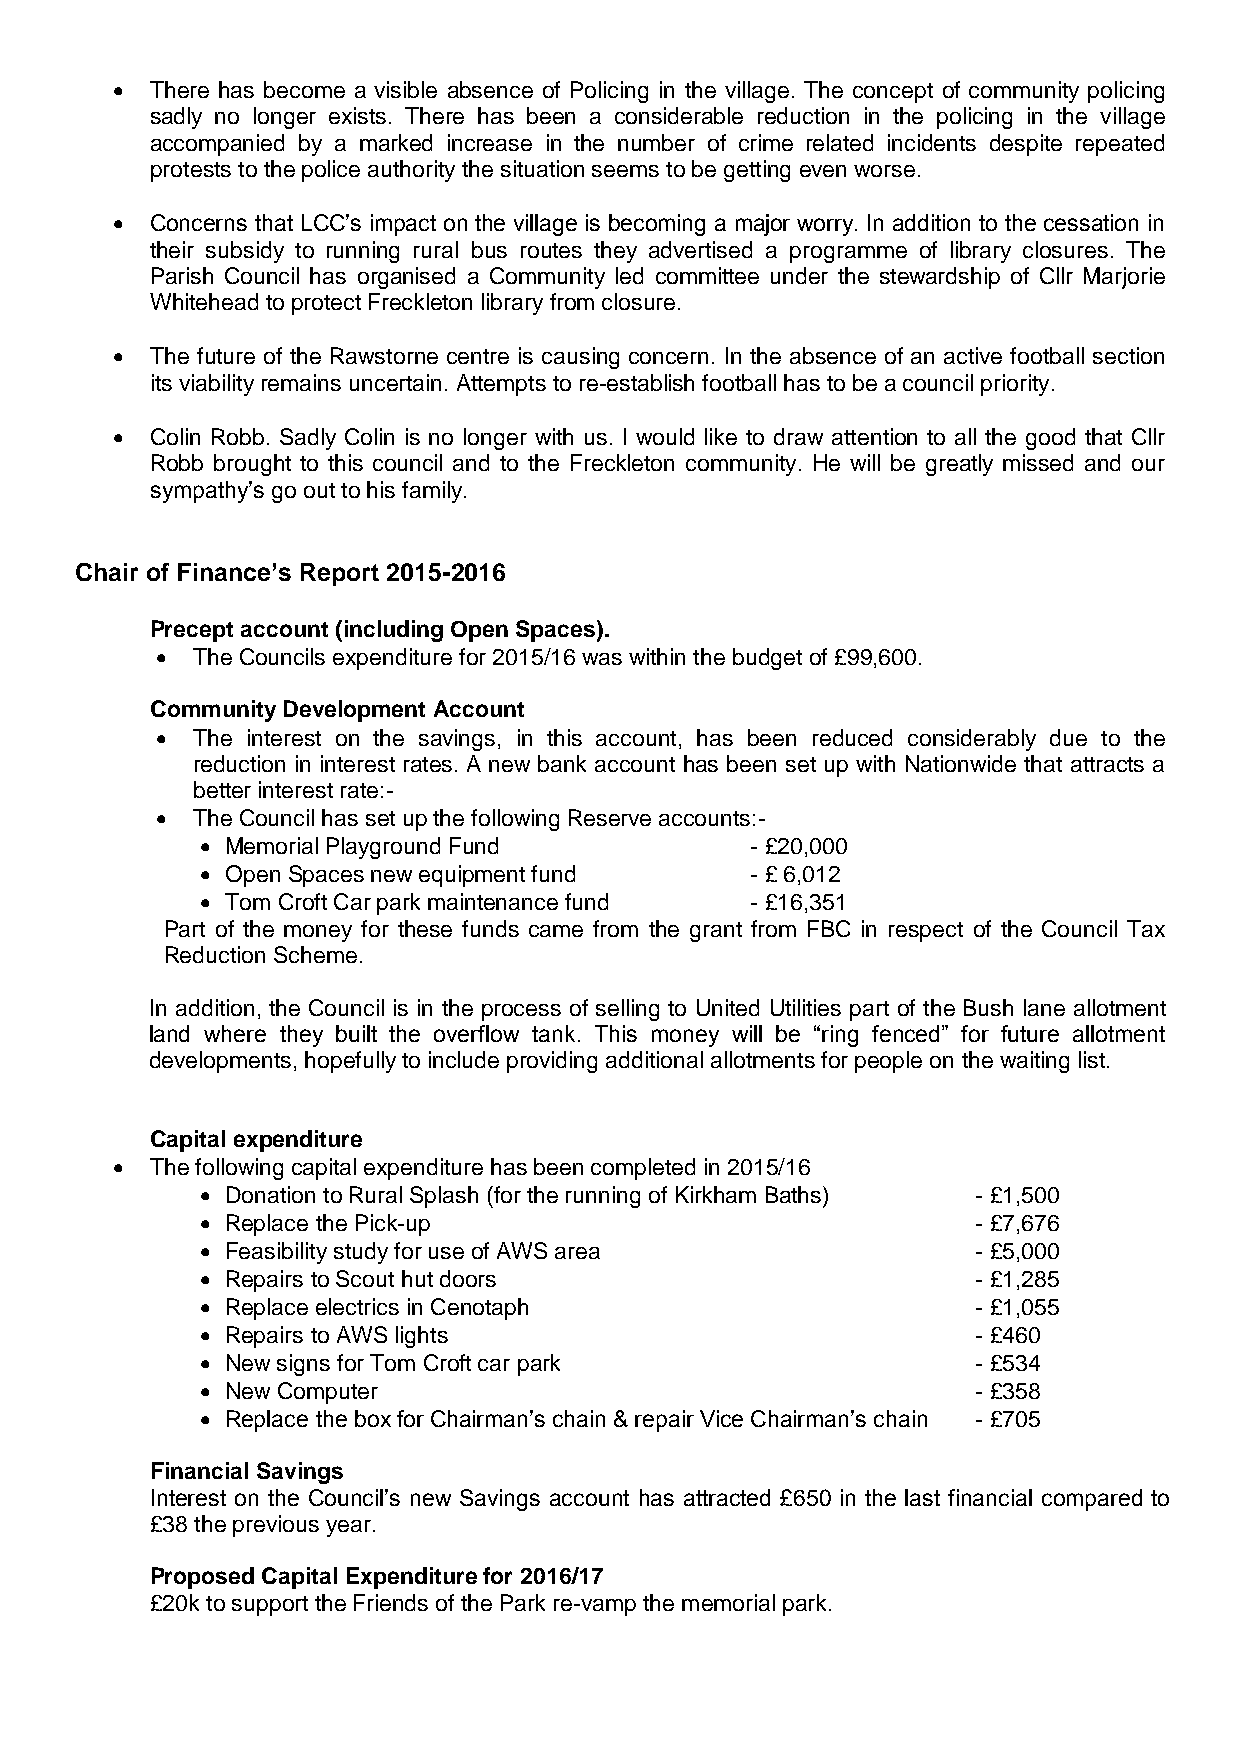
  There has become a visible absence of Policing in the village. The concept of community policing
 sadly no longer exists. There has been a considerable reduction in the policing in the village
 accompanied by a marked increase in the number of crime related incidents despite repeated
 protests to the police authority the situation seems to be getting even worse.
   Concerns that LCC’s impact on the village is becoming a major worry. In addition to the cessation in
 their subsidy to running rural bus routes they advertised a programme of library closures. The
 Parish Council has organised a Community led committee under the stewardship of Cllr Marjorie
 Whitehead to protect Freckleton library from closure.
   The future of the Rawstorne centre is causing concern. In the absence of an active football section
 its viability remains uncertain. Attempts to re-establish football has to be a council priority.
   Colin Robb. Sadly Colin is no longer with us. I would like to draw attention to all the good that Cllr
 Robb brought to this council and to the Freckleton community. He will be greatly missed and our
 sympathy’s go out to his family.
 Chair of Finance’s Report 2015-2016
 Precept account (including Open Spaces).
   The Councils expenditure for 2015/16 was within the budget of £99,600.
 Community Development Account
   The interest on the savings, in this account, has been reduced considerably due to the
 reduction in interest rates. A new bank account has been set up with Nationwide that attracts a
 better interest rate:-
   The Council has set up the following Reserve accounts:-
  Memorial Playground Fund           - £20,000
  Open Spaces new equipment fund     - £ 6,012
  Tom Croft Car park maintenance fund - £16,351
 Part of the money for these funds came from the grant from FBC in respect of the Council Tax
 Reduction Scheme.
 In addition, the Council is in the process of selling to United Utilities part of the Bush lane allotment
 land where they built the overflow tank. This money will be “ring fenced” for future allotment
 developments, hopefully to include providing additional allotments for people on the waiting list.
 Capital expenditure
   The following capital expenditure has been completed in 2015/16
  Donation to Rural Splash (for the running of Kirkham Baths) - £1,500
  Replace the Pick-up                               - £7,676
  Feasibility study for use of AWS area             - £5,000
  Repairs to Scout hut doors                        - £1,285
  Replace electrics in Cenotaph                     - £1,055
  Repairs to AWS lights                             - £460
  New signs for Tom Croft car park                  - £534
  New Computer                                      - £358
  Replace the box for Chairman’s chain & repair Vice Chairman’s chain - £705
 Financial Savings
 Interest on the Council’s new Savings account has attracted £650 in the last financial compared to
 £38 the previous year.
 Proposed Capital Expenditure for 2016/17
 £20k to support the Friends of the Park re-vamp the memorial park.